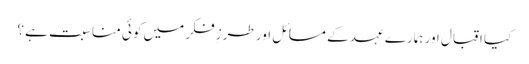
کیا اقبال اور ہمارے عہد کے مسائل اور طرزِ فکر میں کوئی مناسبت ہے ؟